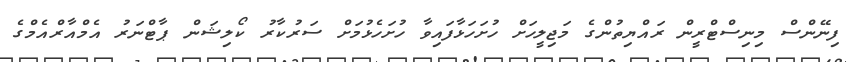
ފިނޭންސް މިނިސްޓްރީން ރައްޔިތުންގެ މަޖިލީހަށް ހުށަހަޅާފައިވާ ހުށަހެޅުމަށް ސަރުކާރު ކޯލިޝަން ޕާޓްނަރު އެމްއާރްއެމްގެ